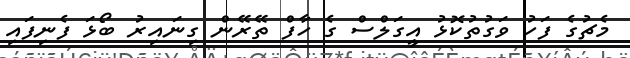
މެޗުގެ ފަހު ވަގުތުކޮޅު އީގަލްސް ގެ ހާފް ތޭރޭން ގިނައިރު ބޯޅަ ފެނިފައި